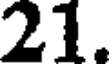
21.